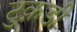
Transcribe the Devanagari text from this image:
टुक़डी